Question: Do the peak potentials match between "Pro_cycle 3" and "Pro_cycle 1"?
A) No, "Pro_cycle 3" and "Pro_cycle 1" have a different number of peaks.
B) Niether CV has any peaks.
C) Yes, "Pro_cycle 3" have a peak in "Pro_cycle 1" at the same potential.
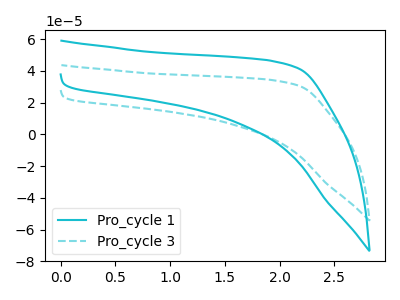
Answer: <think>The cyan curve "Pro_cycle 1" has no peaks. The cyan dashed curve "Pro_cycle 3" has no peaks.</think>
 <answer>B) Niether CV has any peaks.</answer>
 <eval>B</eval>